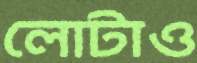
লোটাও